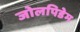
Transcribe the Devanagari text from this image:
जोलपिडेम